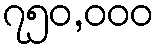
၇၅၀,၀၀၀